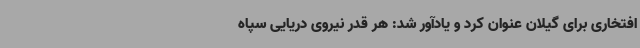
افتخاری برای گیلان عنوان کرد و یادآور شد: هر قدر نیروی دریایی سپاه